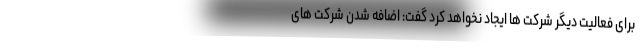
برای فعالیت دیگر شرکت ها ایجاد نخواهد کرد گفت: اضافه شدن شرکت های